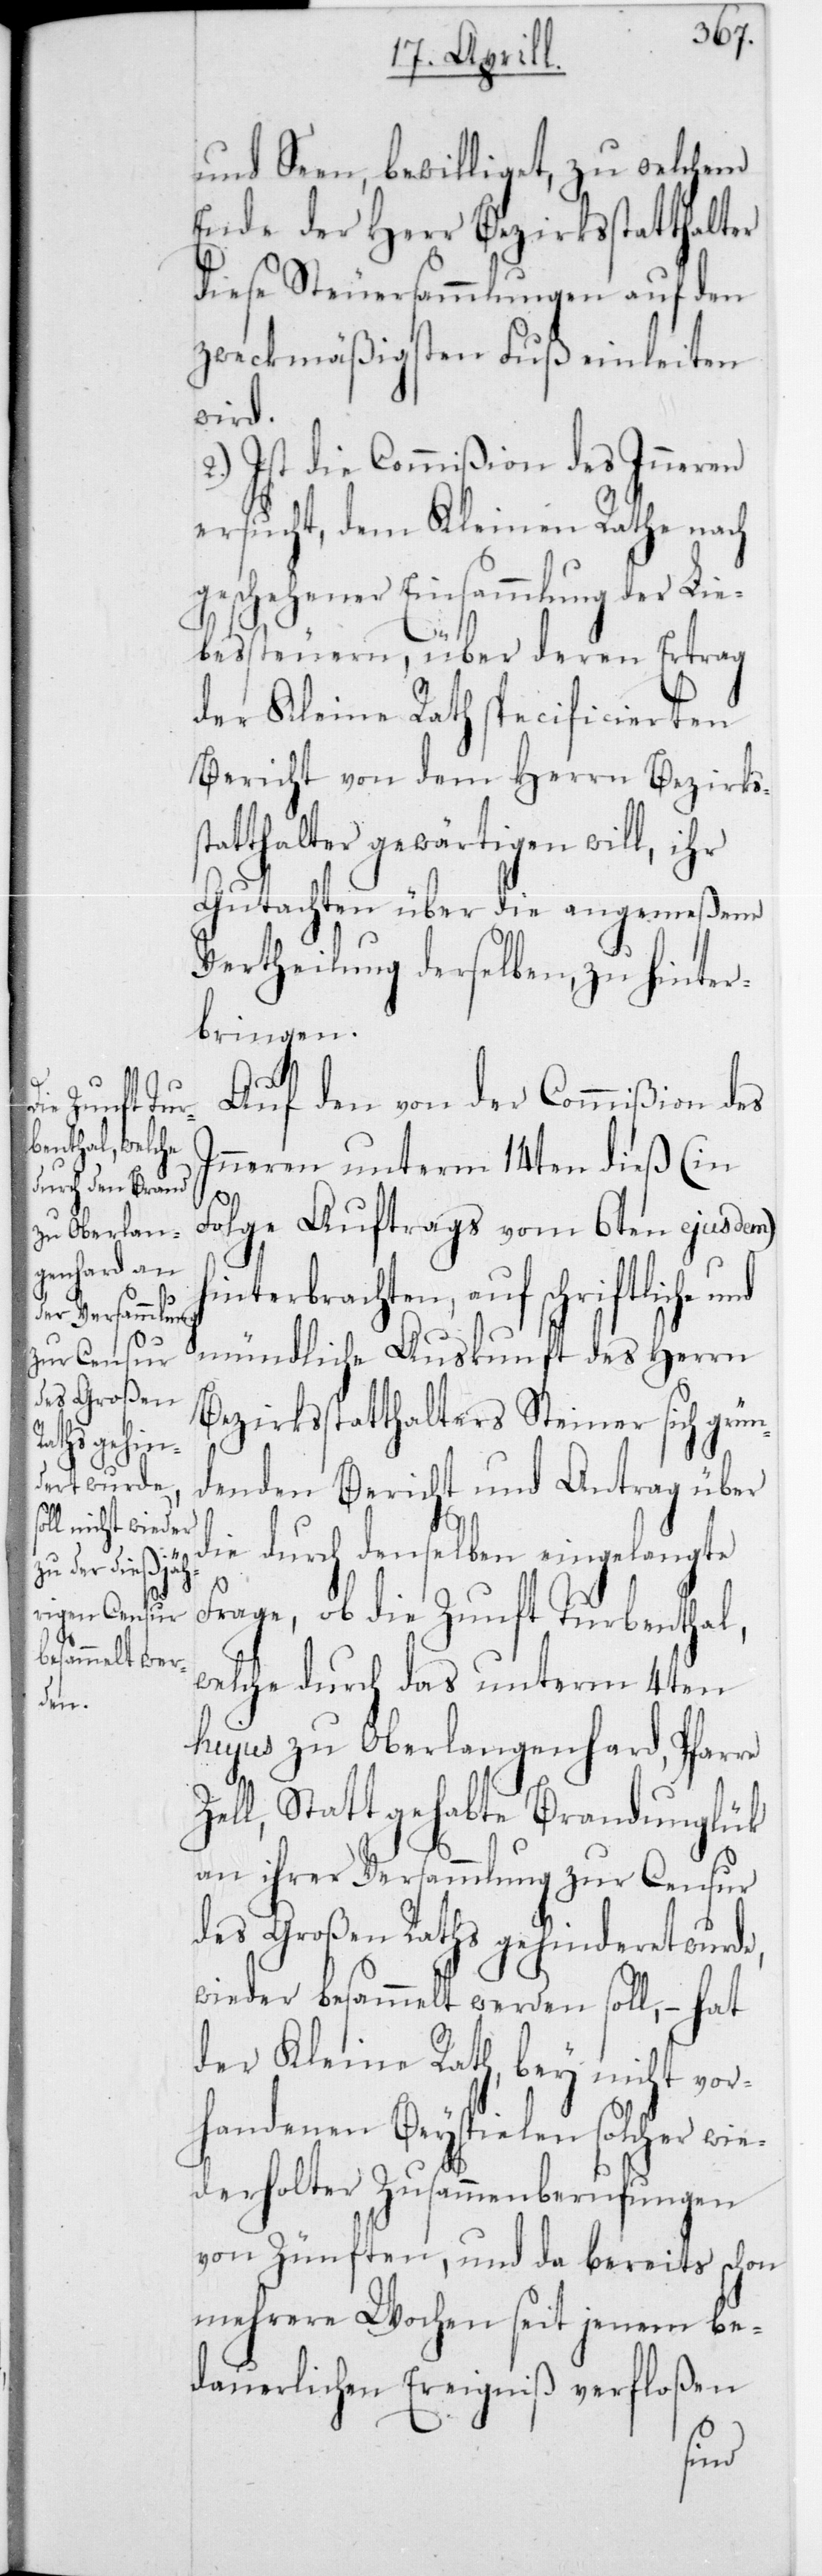
und Seen, bewilliget, zu welchem
Ende der Herr Bezirksstatthalter
diese Steuersammlungen auf den
zweckmäßigsten Fuß einleiten
wird.
2.) Ist die Commißion des Inneren
ersucht, dem Kleinen Rathe nach
geschehener Einsammlung der Lie¬
bessteuern, über deren Ertrag
der Kleine Rath specificierten
Bericht von dem Herrn Bezirks¬
atthalter gewärtigen will, ihr
Gutachten über die angemeßene
Vertheilung derselben, zu hinter¬
bringen.
Auf den von der Commißion des
Inneren unterm 14ten dieß (in
Folge Auftrags vom 6ten ejusdem)
nterbrachten, auf schriftliche
mündliche Auskunft des Herrn
Bezirksstatthalters Steiner sich grün¬
denden Bericht und Antrag über
die durch denselben eingelangte
Frage, ob die Zunft Turbenthal,
welche durch das unterm 4ten
hujus zu Oberlangenhard, Pfarre
Zell, stattgehabte Brandunglük
an ihrer Versammlung zur Censur
des Großen Raths gehinderet wurde,
wieder besammelt werden soll, – hat
der Kleine Rath, bey nicht vor¬
handenen Beyspielen solcher wi¬
ederholter Zusammenberufungen
von Zünften, und da bereits schon
mehrere Wochen seit jenem be¬
dauerlichen Ereigniß verfloßen
hi¬